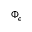
\Phi _ { \epsilon }